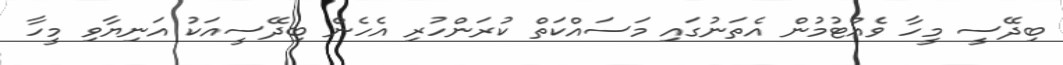
ބިދޭސީ މީހާ ވެއްޓުމުން އެތަނުގައި މަސައްކަތް ކުރަންހުރި އެހެން ބިދޭސީއަކު އަނިޔާވި މީހާ